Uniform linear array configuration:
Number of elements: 16
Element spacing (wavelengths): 1
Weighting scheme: binomial
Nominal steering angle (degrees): -60
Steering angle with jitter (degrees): -60.402
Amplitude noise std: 0.05
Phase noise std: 0.05

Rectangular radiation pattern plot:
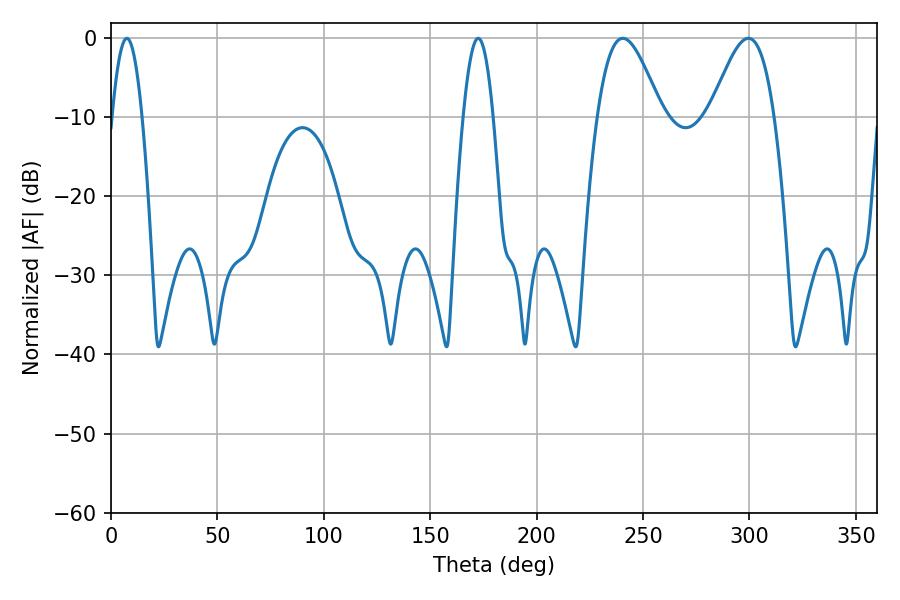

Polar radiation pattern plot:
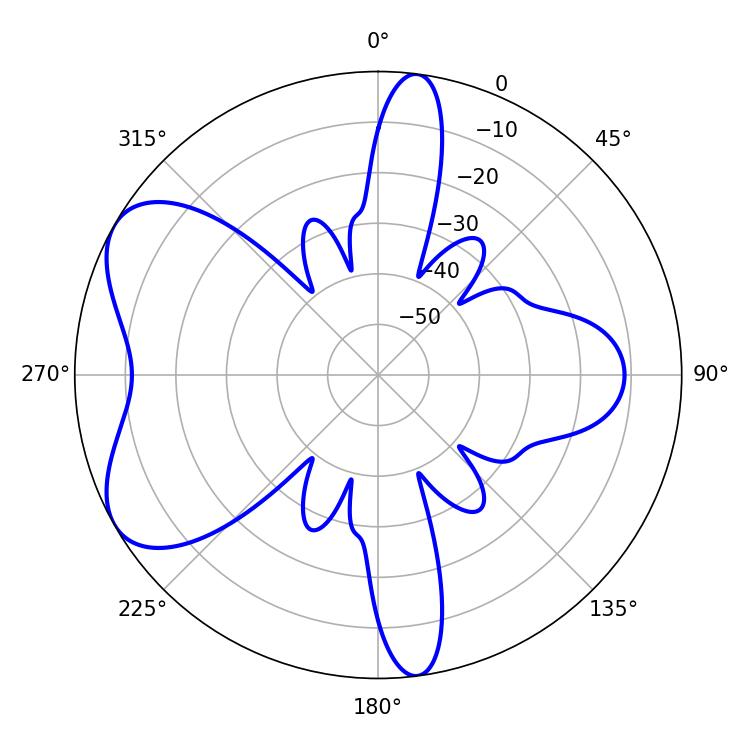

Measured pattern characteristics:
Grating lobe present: TRUE
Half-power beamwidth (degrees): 16.2
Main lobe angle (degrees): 240.48